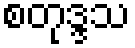
စတုဒ္ဒသ